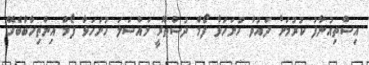
އިސްތިއުނާފު ކުރުމަށް ދައުވާ ހުށަހަޅާ ފޯމް ދުސްތޫރީ މައްސަލަ ހުށަހަޅާ ފޯމް އިންތިހާބާބެހޭ